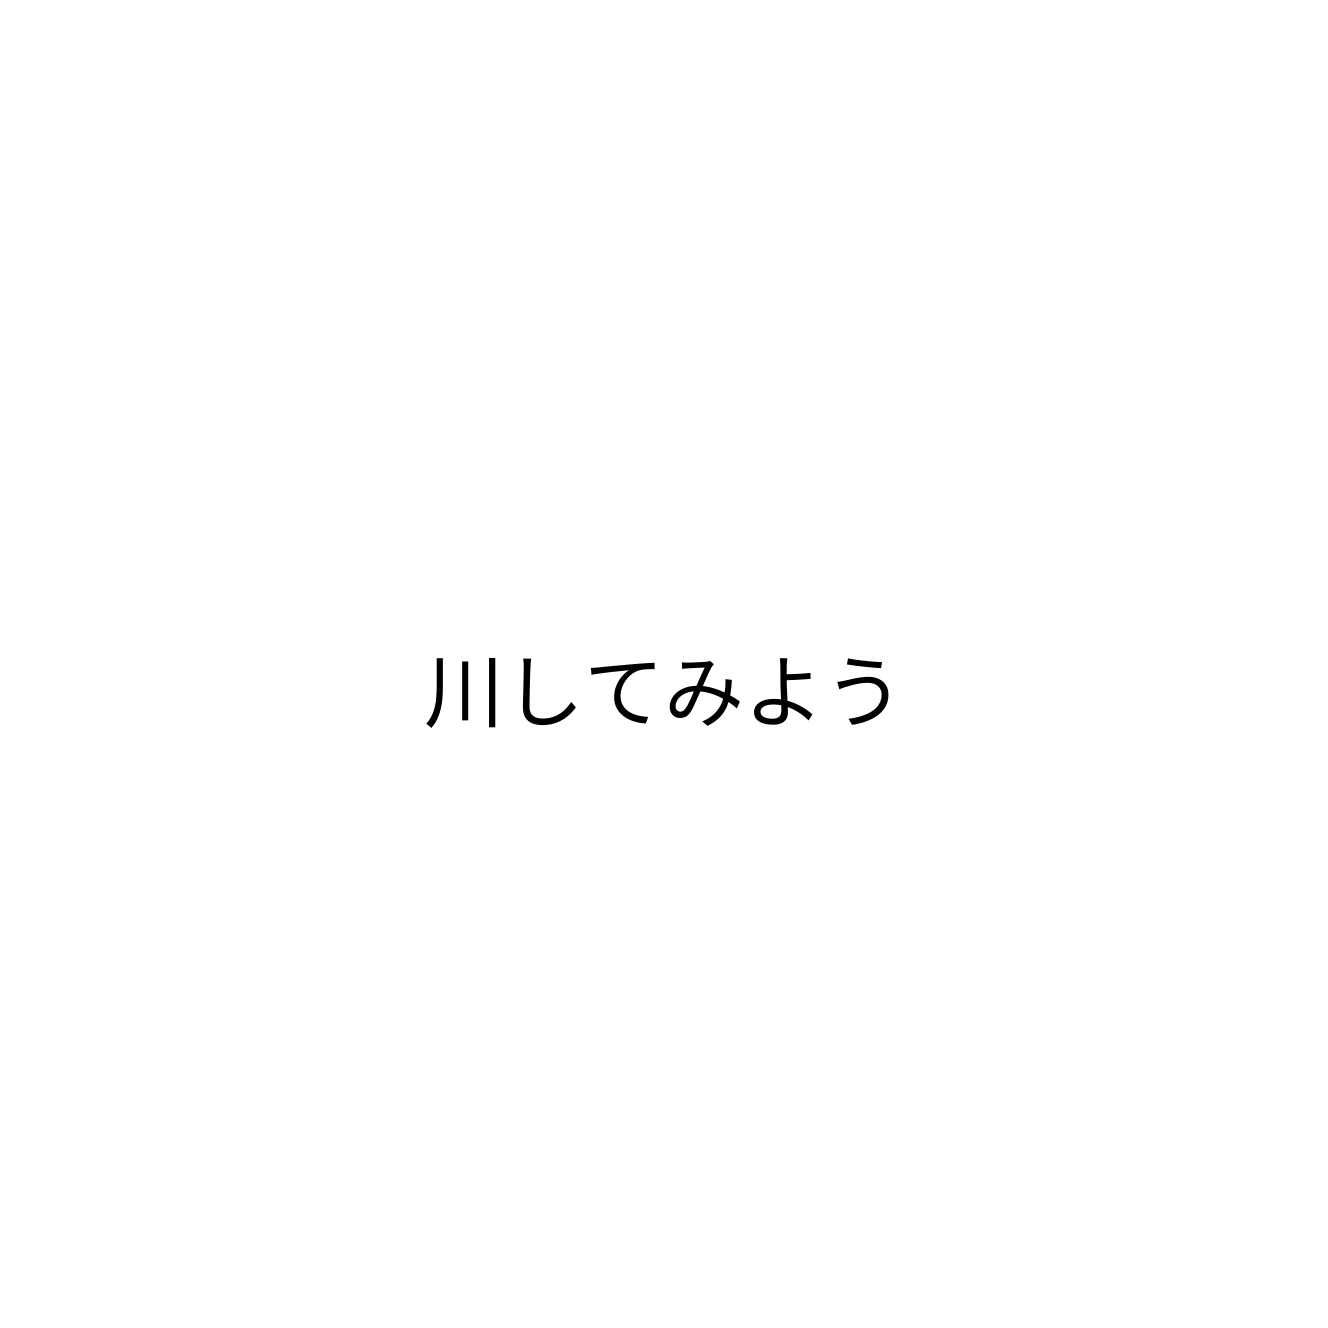
川してみよう